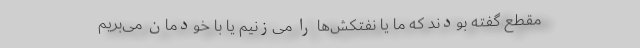
مقطع گفته بودند که ما یا نفتکش‌ها را می‌زنیم یا با خودمان می‌بریم